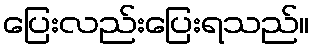
ပြေးလည်းပြေးရသည်။